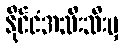
နိုင်ငံအသီးသီးမှ